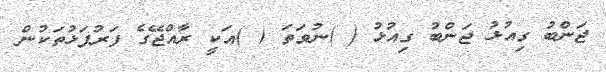
ޖަންބު ގިއުޅު ޖަންބު ގިއުޅު ( )ނުވަތަ ( )އަކީ ރާއްޖޭގެ ފަރުފަޅުތަކުން